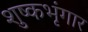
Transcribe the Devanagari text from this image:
शुष्कभृंगार